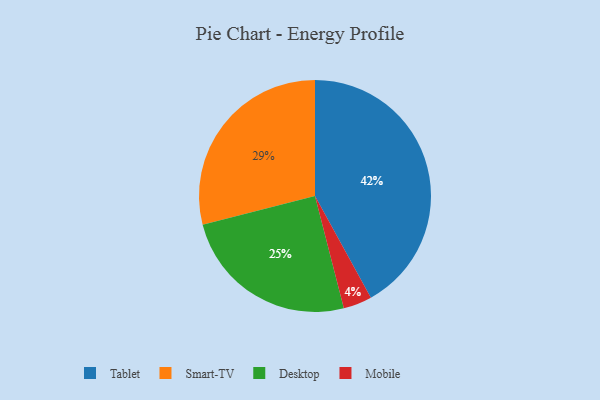
{"axis": {"x": "Category", "y": "Percentage"}, "legend": ["Desktop", "Mobile", "Smart-TV", "Tablet"], "data": [{"x": "Tablet", "y": 42, "type": "Tablet"}, {"x": "Smart-TV", "y": 29, "type": "Smart-TV"}, {"x": "Desktop", "y": 25, "type": "Desktop"}, {"x": "Mobile", "y": 4, "type": "Mobile"}]}